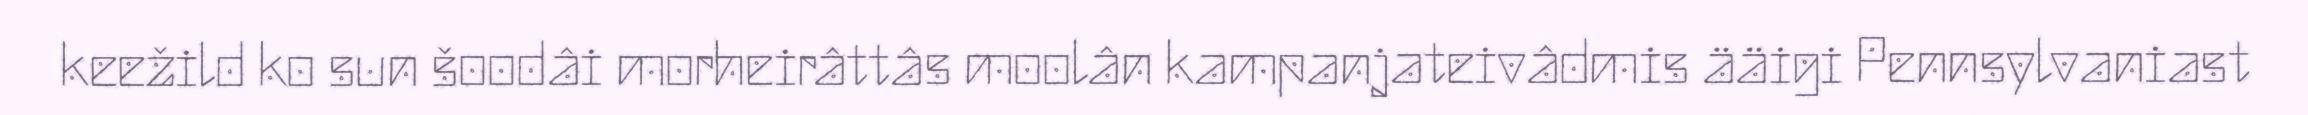
keežild ko sun šoodâi morheirâttâs moolân kampanjateivâdmis ääigi Pennsylvaniast